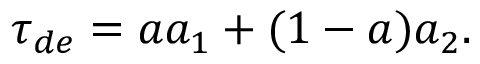
\tau _ { d e } = a a _ { 1 } + ( 1 - a ) a _ { 2 } .